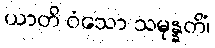
ယာတိ ဝံသော သမုန္နတိံ၊